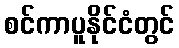
စင်ကာပူနိုင်ငံတွင်